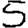
Digit: 5